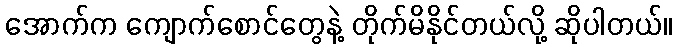
အောက်က ကျောက်စောင်တွေနဲ့ တိုက်မိနိုင်တယ်လို့ ဆိုပါတယ်။